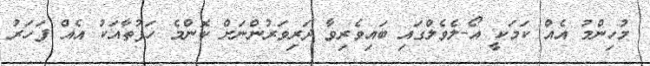
މުހިންމު އެއް ކަމަކީ އޯ-ލެވެލްގައި ބައިވެރިވާ ދަރިވަރުންނަށް ކޮންމެ ހަފުތާއަކު އެއް ފަހަރު